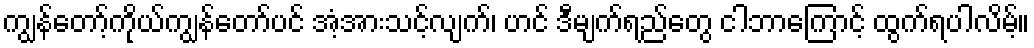
ကျွန်တော့်ကိုယ်ကျွန်တော်ပင် အံ့အားသင့်လျက်၊ ဟင် ဒီမျက်ရည်တွေ ငါဘာကြောင့် ထွက်ရပါလိမ့်။